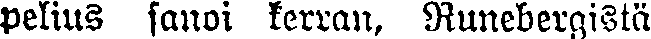
peiins sanoi kerran, Runebergistä